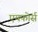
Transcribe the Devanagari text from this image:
एयफोर्स